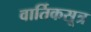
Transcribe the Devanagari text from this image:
वार्तिकसूत्र